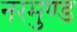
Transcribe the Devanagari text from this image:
नरमुण्ड